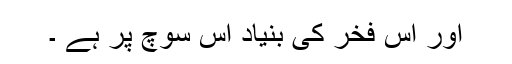
اور اس فخر کی بنیاد اس سوچ پر ہے ۔